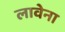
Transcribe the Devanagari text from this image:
लावेना